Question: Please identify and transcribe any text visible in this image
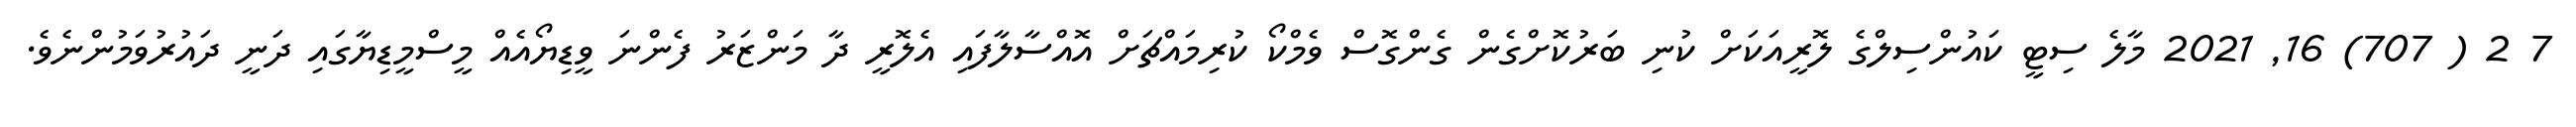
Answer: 7 2 ( 707) 16, 2021 މާލެ ސިޓީ ކައުންސިލްގެ ލޮރީއަކަށް ކުނި ބަރުކޮށްގެން ގެންގޮސް ވެމްކޯ ކުރިމައްޗަށް އޮއްސާލާފައި އެލޮރީ ދާ މަންޒަރު ފެންނަ ވީޑިޔޯއެއް މީސްމީޑިޔާގައި ދަނީ ދައުރުވަމުންނެވެ.